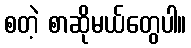
စတဲ့ စာဆိုမယ်တွေပါ။